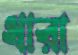
ধারা